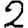
Digit: 2